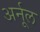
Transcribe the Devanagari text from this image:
अर्नूल